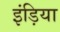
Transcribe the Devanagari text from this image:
इंड़िया